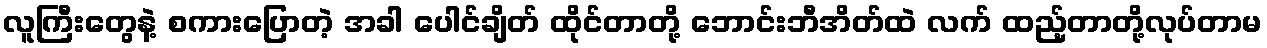
လူကြီးတွေနဲ့ စကားပြောတဲ့ အခါ ပေါင်ချိတ် ထိုင်တာတို့ ဘောင်းဘီအိတ်ထဲ လက် ထည့်တာတို့လုပ်တာမ